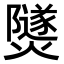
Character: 𤑾